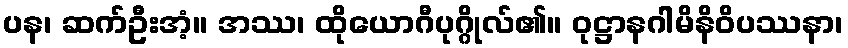
ပန၊ ဆက်ဦးအံ့။ အဿ၊ ထိုယောဂီပုဂ္ဂိုလ်၏။ ဝုဋ္ဌာနဂါမိနိဝိပဿနာ၊